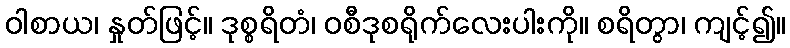
ဝါစာယ၊ နှုတ်ဖြင့်။ ဒုစ္စရိတံ၊ ဝစီဒုစရိုက်လေးပါးကို။ စရိတွာ၊ ကျင့်၍။